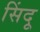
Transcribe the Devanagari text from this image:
सिंदू